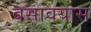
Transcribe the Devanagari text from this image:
बसावयास